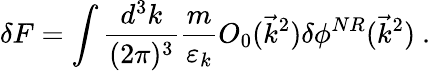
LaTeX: \delta F=\int\frac{d^{3}k}{(2\pi)^{3}}\frac{m}{\varepsilon_{k}}O_{0}(\vec{k}^{2})\delta\phi^{NR}(\vec{k}^{2})\mathrm{~.}